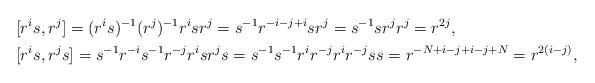
LaTeX: \begin{align*}&[r^is,r^j]=(r^is)^{-1}(r^{j})^{-1}r^isr^j=s^{-1}r^{-i-j+i}sr^{j}=s^{-1}sr^{j}r^{j}=r^{2j},\\ &[r^is,r^js]=s^{-1}r^{-i}s^{-1}r^{-j}r^isr^js=s^{-1}s^{-1}r^{i}r^{-j}r^ir^{-j}ss=r^{-N+i-j+i-j+N}=r^{2(i-j)},\end{align*}